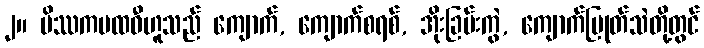
၂။ မိဿကပထဝီဟူသည် ကျောက်, ကျောက်စရစ်, အိုးခြမ်းကွဲ, ကျောက်ပြုတ်သဲတို့တွင်